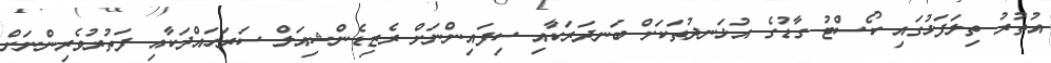
އުތުރު ތިލަފަޅުގައި ކޯސްޓު ގާޑުގެ އުޅަނދުތަކަށް ބަނދަރަކާއި ސިފައިންނަށް ރެޒިޑެންޝިއަލް ސަރަހައްދަކާއި ފަތުރުވެރިންނަށް